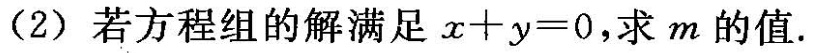
(2)若方程组的解满足$$x + y = 0$$，求m的值。